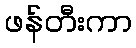
ဖန်တီးကာ